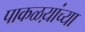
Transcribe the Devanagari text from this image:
पाकळय़ांच्या